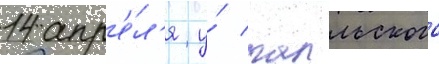
14 апр'е́л'я у́ галльского